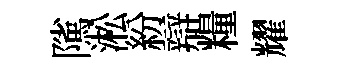
隲淞紛辯糧耀